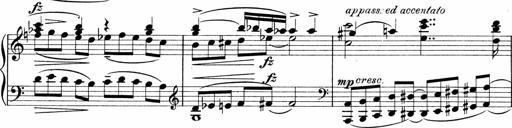
Title: Sonatina No.1
Composer: Otto Stoll
Key: C major